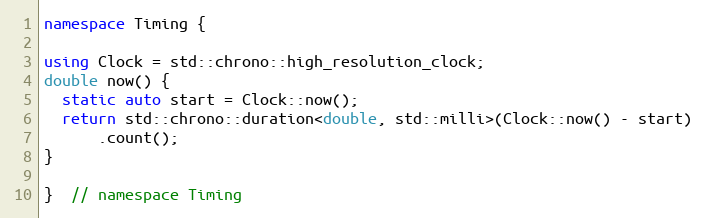
Language: C++
namespace Timing {

using Clock = std::chrono::high_resolution_clock;
double now() {
  static auto start = Clock::now();
  return std::chrono::duration<double, std::milli>(Clock::now() - start)
      .count();
}

}  // namespace Timing